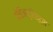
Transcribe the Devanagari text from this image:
पोडिआट्रिस्ट्स